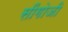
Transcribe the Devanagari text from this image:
सींगोजी